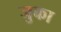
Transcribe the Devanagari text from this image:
जुका